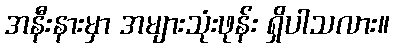
အနီးနားမှာ အများသုံးဖုန်း ရှိပါသလား။